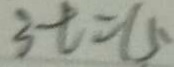
3 t = 1 5